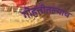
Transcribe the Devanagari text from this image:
गोहत्तीतल्याच